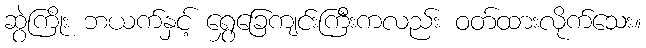
ဆွဲကြိုး ဘယက်နှင့် ရွှေခြေကျင်းကြီးကလည်း ဝတ်ထားလိုက်သေး။